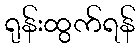
ရုန်းထွက်ရန်